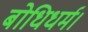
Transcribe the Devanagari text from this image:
बोधिधर्म।